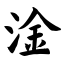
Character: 淦